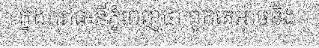
ក្នុងរាជធានីភ្នំពេញថា ពួកគេអាចនឹង